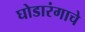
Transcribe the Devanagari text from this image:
घोडारंगाचे